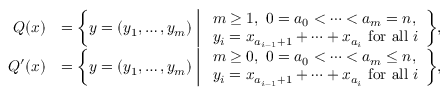
\begin{array} { r l } { Q ( x ) } & { = \biggl \{ y = ( y _ { 1 } , \dotsc , y _ { m } ) \biggm | \begin{array} { l } { m \geq 1 , \ 0 = a _ { 0 } < \cdots < a _ { m } = n , } \\ { y _ { i } = x _ { a _ { i - 1 } + 1 } + \cdots + x _ { a _ { i } } \mathrm { ~ f o r ~ a l l ~ } i } \end{array} \biggr \} , } \\ { Q ^ { \prime } ( x ) } & { = \biggl \{ y = ( y _ { 1 } , \dotsc , y _ { m } ) \biggm | \begin{array} { l } { m \geq 0 , \ 0 = a _ { 0 } < \cdots < a _ { m } \leq n , } \\ { y _ { i } = x _ { a _ { i - 1 } + 1 } + \cdots + x _ { a _ { i } } \mathrm { ~ f o r ~ a l l ~ } i } \end{array} \biggr \} , } \end{array}